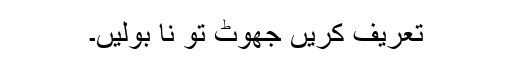
تعریف کریں جھوٹ تو نا بولیں۔